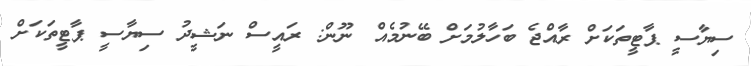
ސިޔާސީ ޕާޓީތަކަށް ރާއްޖެ ބަހާލުމަށް ބޭނުމެއް ނޫން: ރައީސް ނަޝީދު ސިޔާސީ ޕާޓީތަކަށް